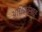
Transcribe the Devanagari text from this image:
अधिकांशातः